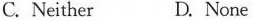
C. Neither D.None